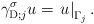
LaTeX: \begin{align*}\gamma_{\operatorname*{D};j}^{\sigma}u=\left. u\right\vert _{\Gamma_{j}}.\end{align*}